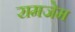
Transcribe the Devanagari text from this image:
रामजेम